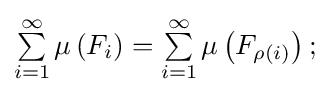
\textstyle \sum \limits _{i=1}^{\infty }\mu \left(F_{i}\right)=\textstyle \sum \limits _{i=1}^{\infty }\mu \left(F_{\rho (i)}\right);